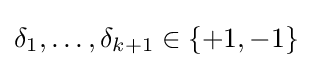
\delta _{1},\dotsc ,\delta _{k+1}\in \left\{+1,-1\right\}